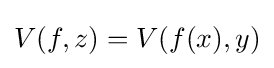
V(f,z)=V(f(x),y)